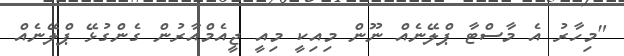
"މިހާރު އެ މާސްޓާ ޕްލޭނެއް ނޫން މިއިކީ މިއީ ޖީއެމްއާރުން ގެންގުޅޭ ޕްލޭނެއް